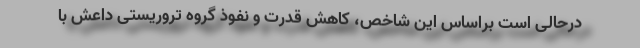
درحالی است براساس این شاخص، کاهش قدرت و نفوذ گروه تروریستی داعش با